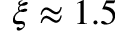
\xi \approx 1 . 5